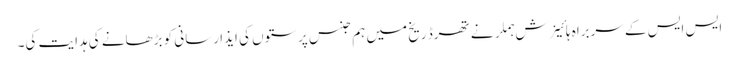
ایس ایس کے سربراہ ہائینرش ہملر نے تھرڈ ریخ میں ہم جنس پرستوں کی ایذا رسانی کو بڑھانے کی ہدایت کی۔